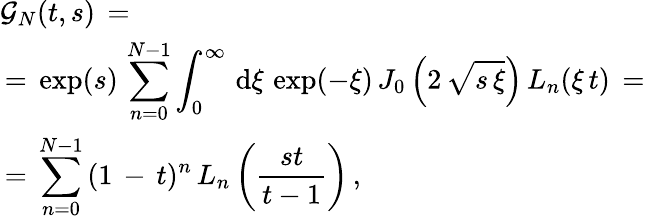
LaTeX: \begin{array}{l}{\displaystyle\mathcal{G}_{N}(t,s)\, =\, }\\ {\, =\, \displaystyle\exp(s)\, \sum_{n=0}^{N-1}\int_{0}^{\infty}\, \mathrm{d}\xi\, \exp(-\xi)\, J_{0}\left(2\, \sqrt{s\, \xi}\right)\, L_{n}(\xi\, {t})\, =\, }\\ {\, =\, \displaystyle\sum_{n=0}^{N-1}\, (1\, -\, t)^{n}\, L_{n}\left(\frac{st}{t-1}\right)\, ,}\end{array}